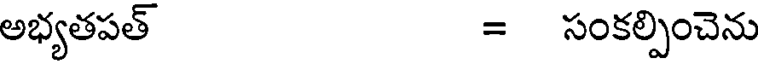
అభ్యతపత్ = సంకల్పించెను